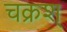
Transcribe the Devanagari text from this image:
चक्रश्